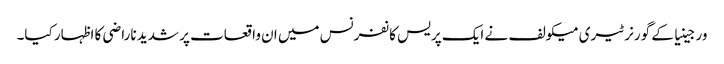
ورجینیا کے گورنر ٹیری میکولف نے ایک پریس کانفرنس میں ان واقعات پر شدید ناراضی کا اظہار کیا۔